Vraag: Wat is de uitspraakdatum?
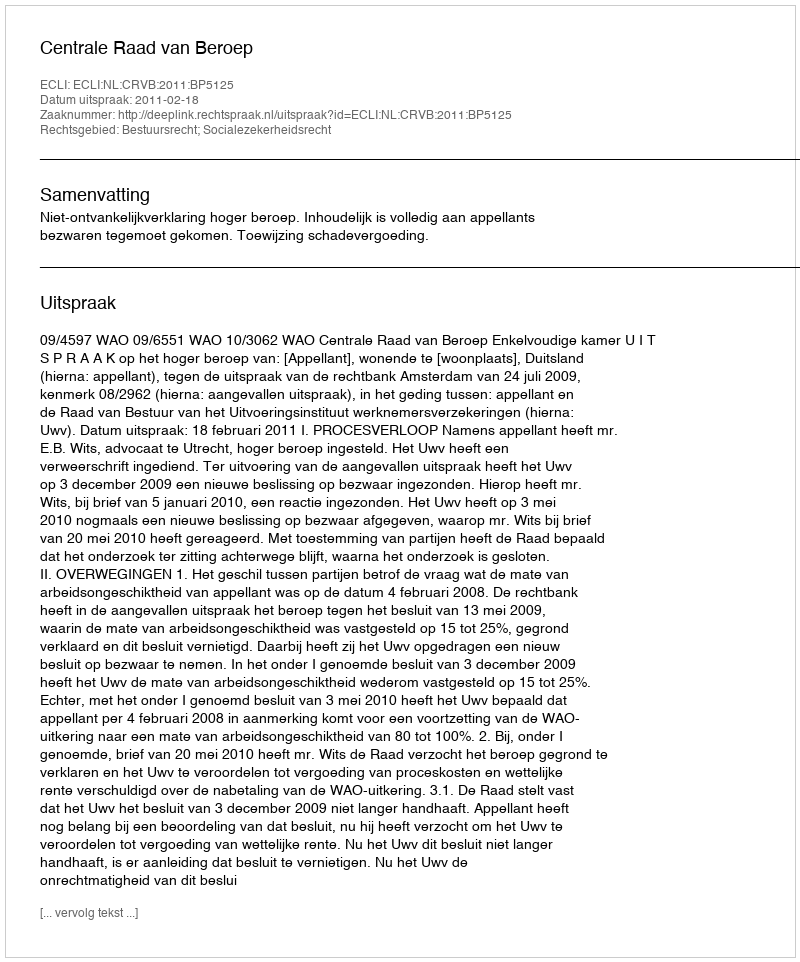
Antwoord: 2011-02-18